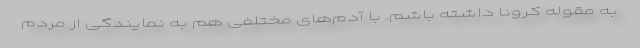
به مقوله کرونا داشته باشم. با آدم‌های مختلفی هم به نمایندگی از مردم